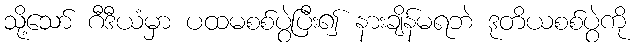
သို့သော် ဂီဒီယံမှာ ပထမစစ်ပွဲပြီး၍ နားချိန်မရဘဲ ဒုတိယစစ်ပွဲကို